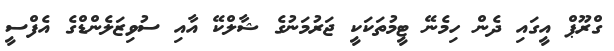
ގްރޫޕް އީގައި ދެން ހިމެނޭ ޓީމުތަކަކީ ޖަރުމަނުގެ ޝާލްކޭ އާއި ސުވިޒަލެންޑްގެ އެފްސީ